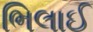
ભિલાઈ